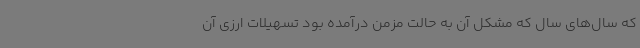
که سال‌های سال که مشکل آن به حالت مزمن درآمده بود تسهیلات ارزی آن